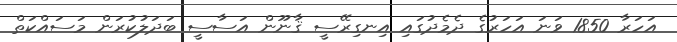
އަހަރާ 1850 ވަނަ އަހަރުގެ ދެމެދުގައި އިނގިރޭސީ ޤާނޫން އަސާސީ ބަދަލުކުރަން މަސައްކަތް